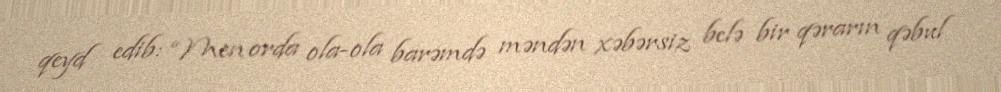
qeyd edib: “Men orda ola-ola barəmdə məndən xəbərsiz belə bir qərarın qəbul